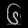
Digit: ၆